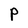
Character: P